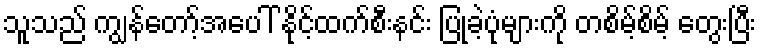
သူသည် ကျွန်တော့်အပေါ် နိုင့်ထက်စီးနင်း ပြုခဲ့ပုံများကို တစိမ့်စိမ့် တွေးပြီး